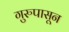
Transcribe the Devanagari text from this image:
गुरुपासून